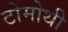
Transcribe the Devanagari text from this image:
टोमोथी